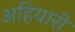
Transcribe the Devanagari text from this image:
अहियारी